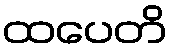
ထပေတိ